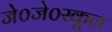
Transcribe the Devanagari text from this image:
जे०जे०स्कूल